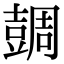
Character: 𧯼